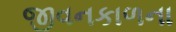
જીવનકાળના